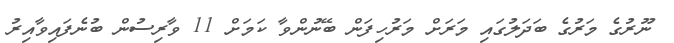
ނޫރުގެ މަރުގެ ބަދަލުގައި މަރަށް މަރުހިފަން ބޭނުންވާ ކަމަށް 11 ވާރިސުން ބުނެފައިވާއިރު